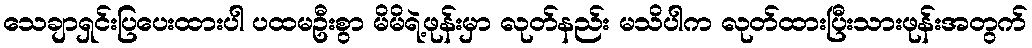
သေချာရှင်းပြပေးထားပါ ပထမဦးစွာ မိမိရဲ့ဖုန်းမှာ လုတ်နည်း မသိပါက လုတ်ထားပြီးသားဖုန်းအတွက်